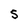
Character: S